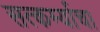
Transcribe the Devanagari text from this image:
सत्कर्म्याचा